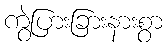
ကွဲပြားခြားနားစွာ